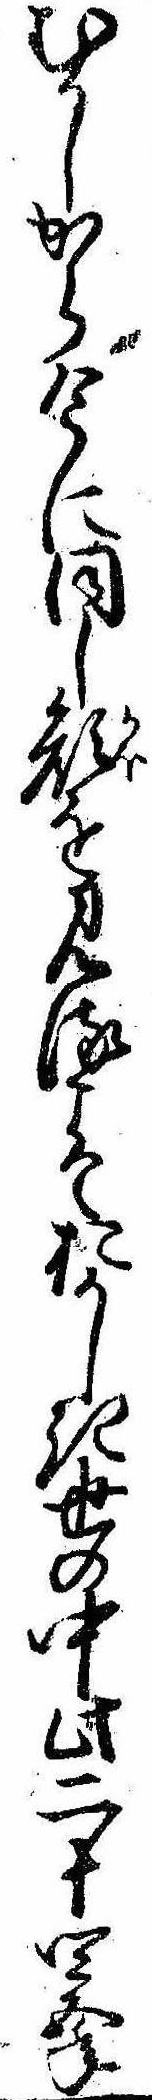
むかしから今に同し顔を見るこそおかしき世の中此二十四五年